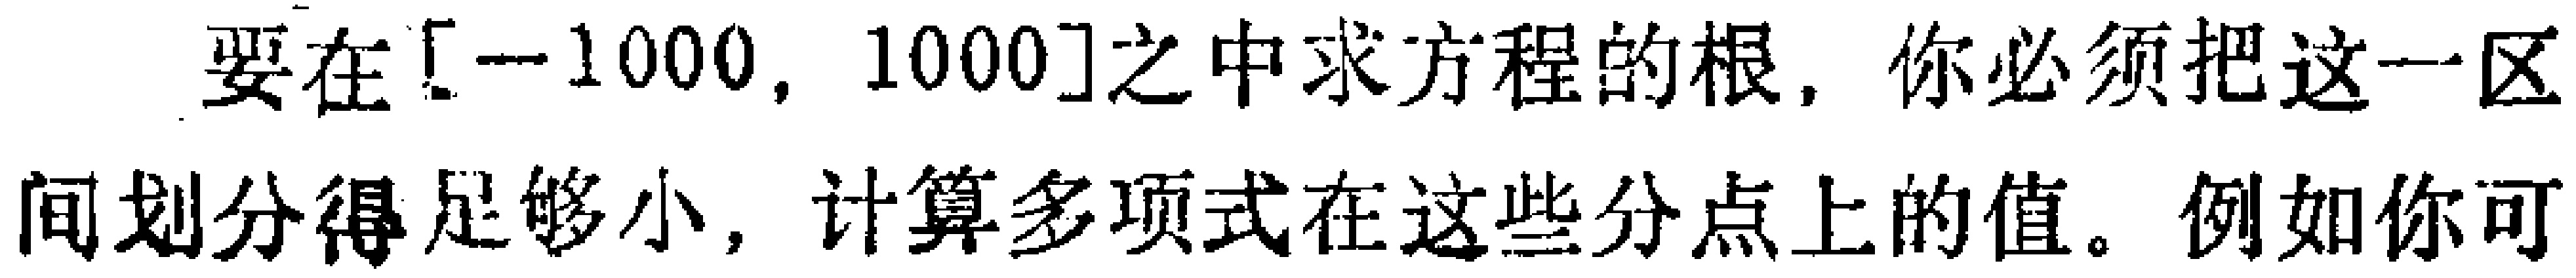
要在$[-1000,1000]$之中求方程的根，你必须把这一区间划分得足够小，计算多项式在这些分点上的值。例如你可